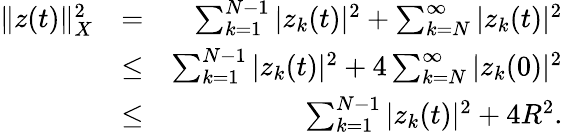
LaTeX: \begin{array}{rlr}{\| z(t)\| _{X}^{2}}&{=}&{\sum_{k=1}^{N-1}|z_{k}(t)|^{2}+\sum_{k=N}^{\infty}|z_{k}(t)|^{2}}\\ &{\leq}&{\sum_{k=1}^{N-1}|z_{k}(t)|^{2}+4\sum_{k=N}^{\infty}|z_{k}(0)|^{2}}\\ &{\leq}&{\sum_{k=1}^{N-1}|z_{k}(t)|^{2}+4R^{2}.}\end{array}